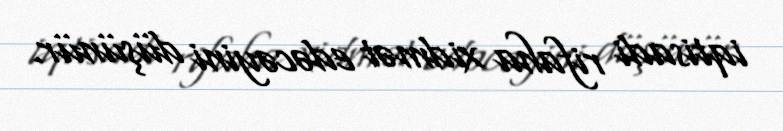
iqtisadi rifaha xidmət edəcəyini düşünür.